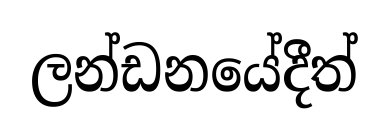
ලන්ඩනයේදීත්